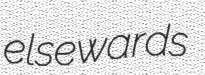
elsewards